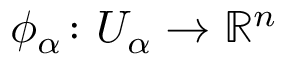
\phi _ { \alpha } \colon U _ { \alpha } \to \mathbb { R } ^ { n }